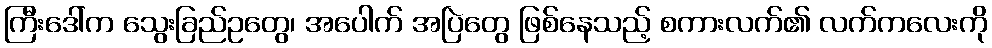
ကြီးဒေါ်က သွေးခြည်ဥတွေ၊ အပေါက် အပြဲတွေ ဖြစ်နေသည့် စကားလက်၏ လက်ကလေးကို